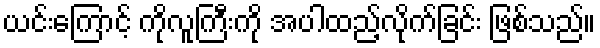
ယင်းကြောင့် ကိုလူကြီးကို အပါထည့်လိုက်ခြင်း ဖြစ်သည်။